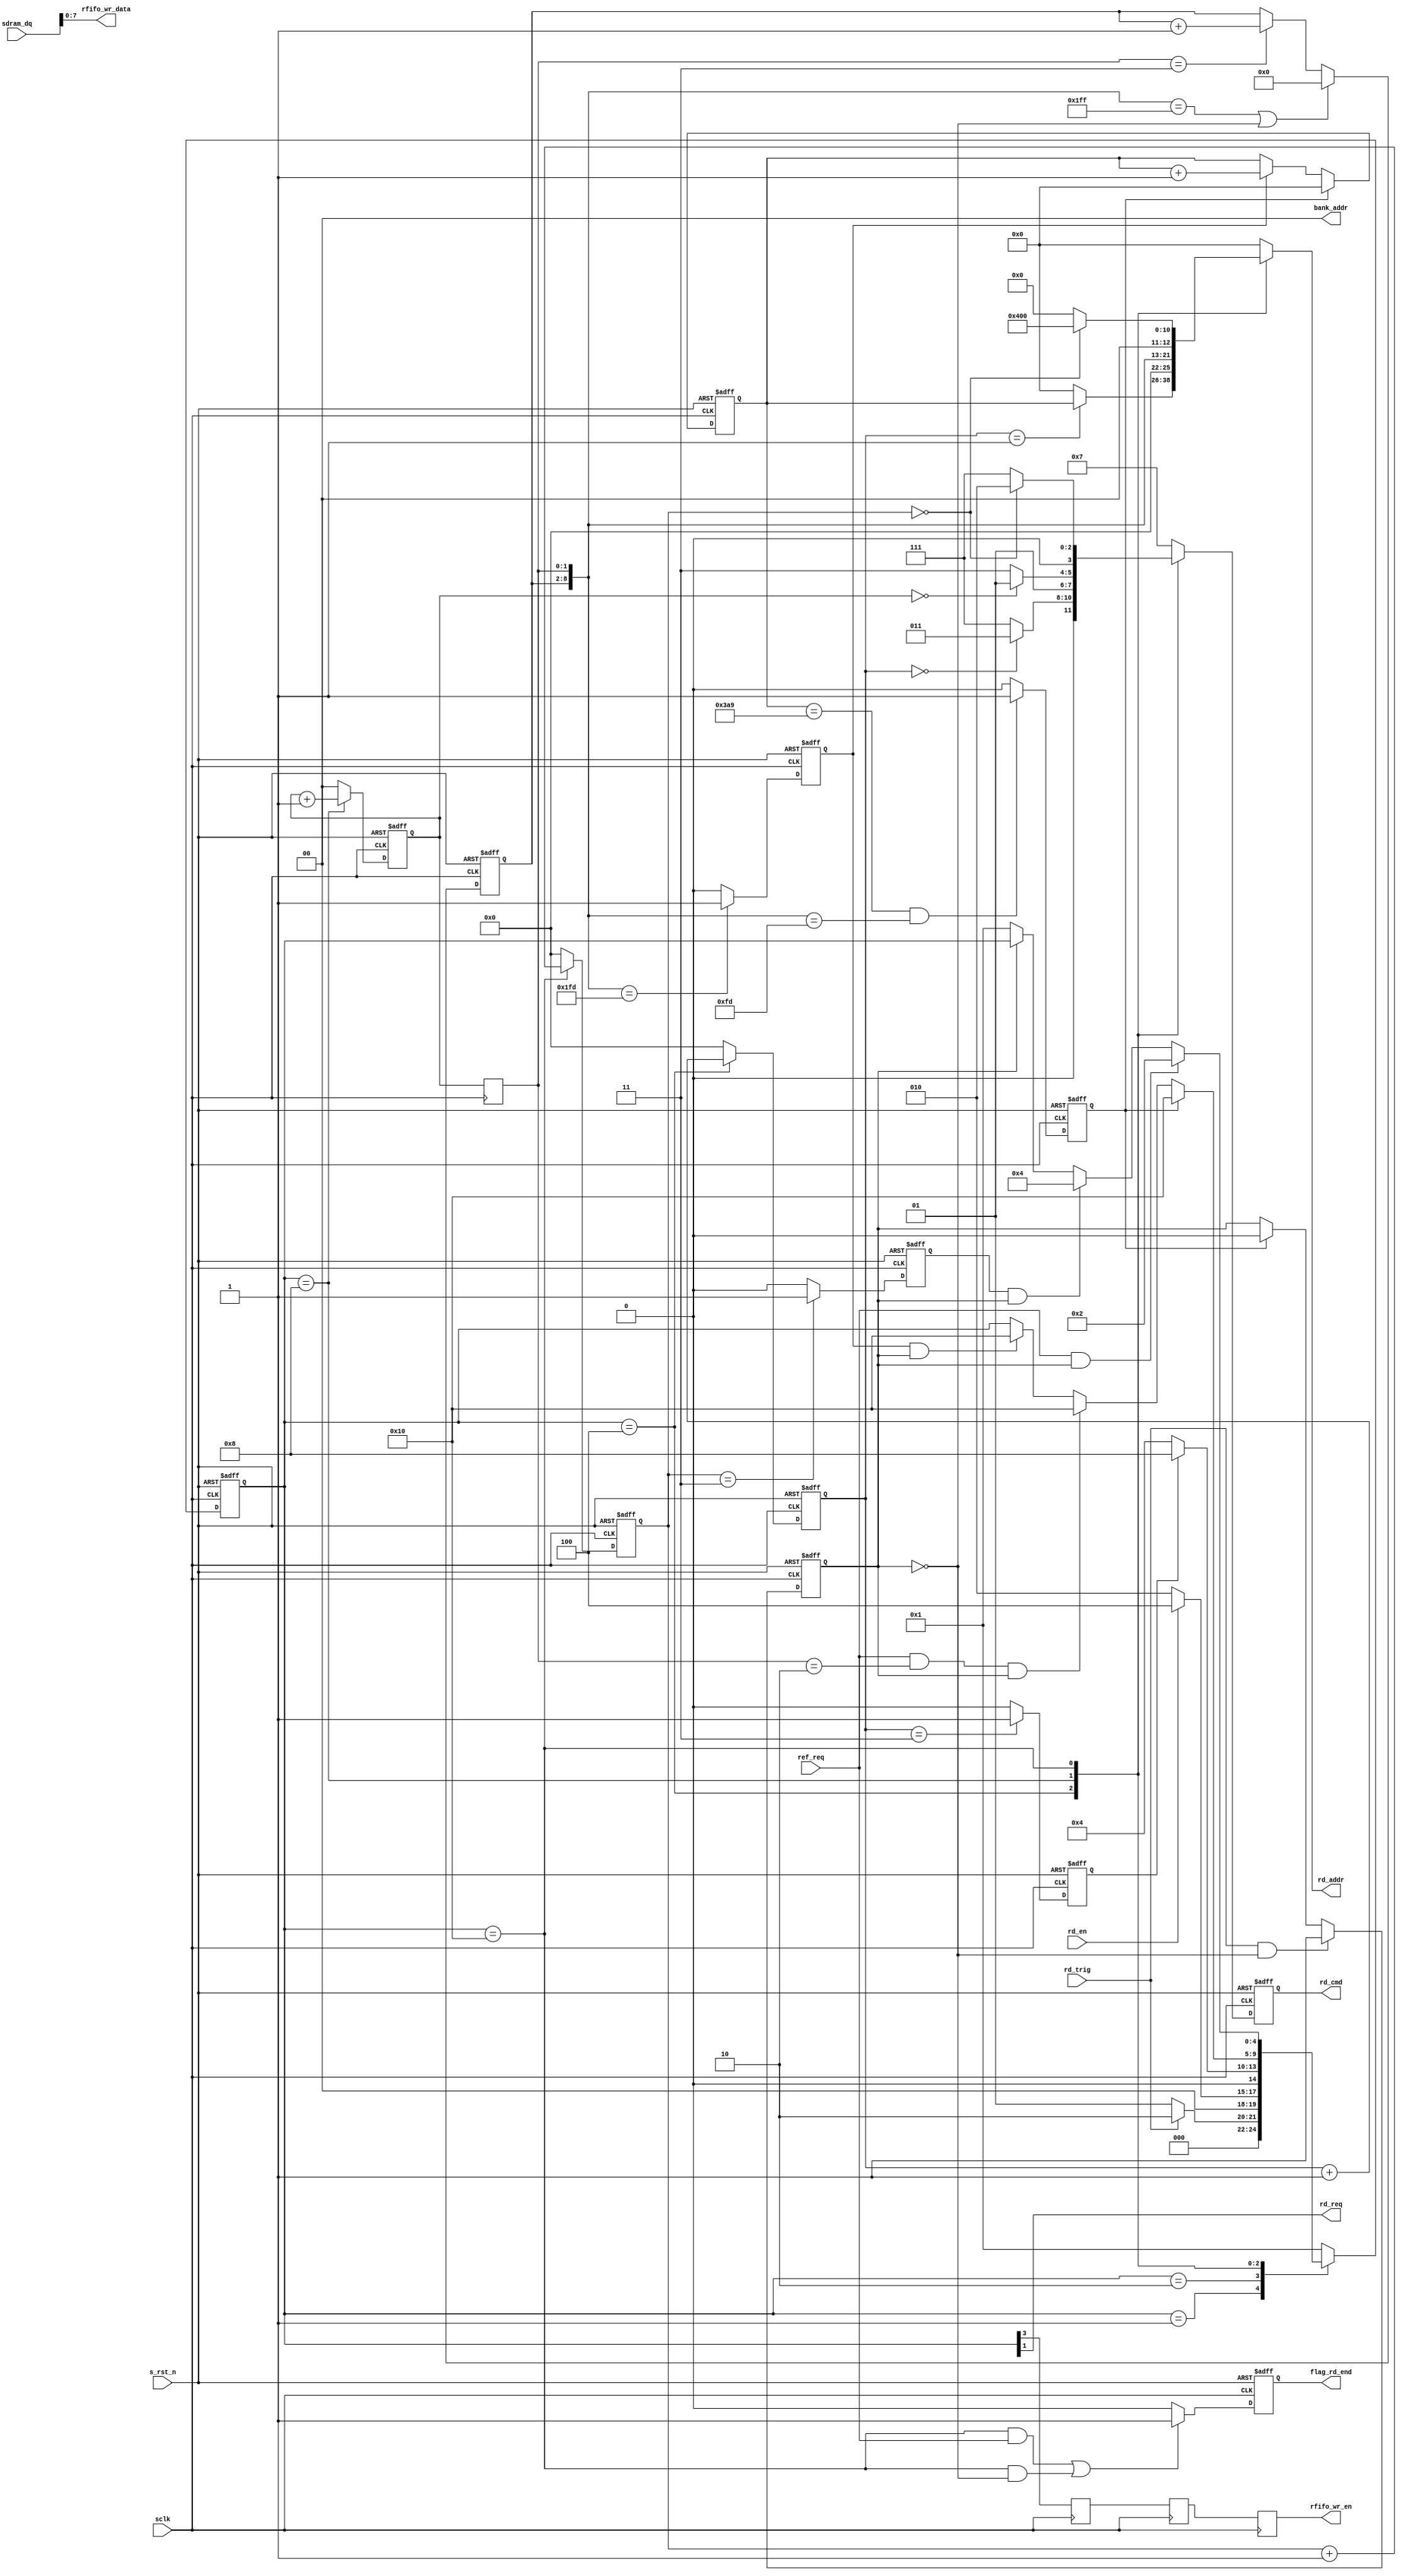
module  sdram_read(
        // system signals
        input                   sclk                    ,
        input                   s_rst_n                 ,
        // Communicate with TOP
        input                   rd_en                   ,
        output  wire            rd_req                  ,
        output  reg             flag_rd_end             ,
        // Others
        input                   ref_req                 ,
        input                   rd_trig                 ,
        input           [15:0]  sdram_dq                ,
        // write interfaces
        output  reg     [ 3:0]  rd_cmd                  ,
        output  reg     [12:0]  rd_addr                 ,
        output  wire    [ 1:0]  bank_addr               ,
        // RFIFO Interfaces
        output  reg             rfifo_wr_en             ,
        output  wire    [ 7:0]  rfifo_wr_data
);

//===================================================================\
// ********* Define Parameter and Internal Signals *********
//===================================================================/
localparam WROW_ADDR_END = 937;
localparam WCLO_ADDR_END = 256;
// Define State
localparam      S_IDLE          =       5'b0_0001               ;
localparam      S_REQ           =       5'b0_0010               ;
localparam      S_ACT           =       5'b0_0100               ;
localparam      S_RD            =       5'b0_1000               ;
localparam      S_PRE           =       5'b1_0000               ;
// SDRAM Command
localparam      CMD_NOP         =       4'b0111                 ;
localparam      CMD_PRE         =       4'b0010                 ;
localparam      CMD_AREF        =       4'b0001                 ;
localparam      CMD_ACT         =       4'b0011                 ;
localparam      CMD_RD          =       4'b0101                 ;

reg                             rfifo_wr_en_t                   ;
reg                             rfifo_wr_en_tt                  ;



reg                             flag_rd                         ;
reg     [ 4:0]                  state                           ;
//-----------------------------------------------------------------
reg                             flag_act_end                    ;
reg                             flag_pre_end                    ;
reg                             sd_row_end                      ;
reg     [ 1:0]                  burst_cnt                       ; 
reg     [ 1:0]                  burst_cnt_t                     ; 
reg                             rd_data_end                     ;
//-----------------------------------------------------------------
reg     [ 3:0]                  act_cnt                         ;
reg     [ 3:0]                  break_cnt                       ;
reg     [ 6:0]                  col_cnt                         ;
//-----------------------------------------------------------------
reg     [12:0]                  row_addr                        ;
wire    [ 8:0]                  col_addr                        ;

//==========================================================================
// ****************     Main    Code    **************
//==========================================================================
always  @(posedge sclk) begin
        rfifo_wr_en_t   <=      state[3];
        rfifo_wr_en_tt  <=      rfifo_wr_en_t;
        rfifo_wr_en     <=      rfifo_wr_en_tt;
end

//flag_rd
always  @(posedge sclk or negedge s_rst_n) begin
        if(s_rst_n == 1'b0)
                flag_rd <=      1'b0;
        else if(rd_trig == 1'b1 && flag_rd == 1'b0)
                flag_rd <=      1'b1;
        else if(rd_data_end == 1'b1)
                flag_rd <=      1'b0;
end

// burst_cnt
always  @(posedge sclk or negedge s_rst_n) begin
        if(s_rst_n == 1'b0)
                burst_cnt       <=      'd0;
        else if(state == S_RD)
                burst_cnt       <=      burst_cnt + 1'b1;
        else
                burst_cnt       <=      'd0;
end

// burst_cnt_t
always  @(posedge sclk) begin
        burst_cnt_t     <=      burst_cnt;
end

//-------------------------  STATE ------------------------------------------
always  @(posedge sclk or negedge s_rst_n) begin
        if(s_rst_n == 1'b0)
                state   <=      S_IDLE;
        else case(state)
                S_IDLE:
                        if(rd_trig == 1'b1)
                                state   <=      S_REQ;
                        else
                                state   <=      S_IDLE;
                S_REQ:
                        if(rd_en == 1'b1)
                                state   <=      S_ACT;
                        else
                                state   <=      S_REQ;
                S_ACT:
                        if(flag_act_end == 1'b1)
                                state   <=      S_RD;
                        else 
                                state   <=      S_ACT;
                S_RD:
                        if(rd_data_end == 1'b1)
                                state   <=      S_PRE;
                        else if(ref_req == 1'b1 && burst_cnt_t == 'd2 && flag_rd == 1'b1)
                                state   <=      S_PRE;
                        else if(sd_row_end == 1'b1 && flag_rd == 1'b1)
                                state   <=      S_PRE;
                S_PRE:
                        if(ref_req == 1'b1 && flag_rd == 1'b1)
                                state   <=      S_REQ;
                        else if(flag_pre_end == 1'b1 && flag_rd == 1'b1)
                                state   <=      S_ACT;
                        else if(flag_rd == 1'b0)    
                                state   <=      S_IDLE;
                default:
                        state   <=      S_IDLE;
        endcase
end

// rd_cmd
always  @(posedge sclk or negedge s_rst_n) begin
        if(s_rst_n == 1'b0)
                rd_cmd  <=      CMD_NOP;
        else case(state)
                S_ACT:  
                        if(act_cnt == 'd0)
                                rd_cmd  <=      CMD_ACT;
                        else 
                                rd_cmd  <=      CMD_NOP;
                S_RD:
                        if(burst_cnt == 'd0)
                                rd_cmd  <=      CMD_RD;
                        else
                                rd_cmd  <=      CMD_NOP;
                S_PRE:
                        if(break_cnt == 'd0)
                                rd_cmd  <=      CMD_PRE;
                        else
                                rd_cmd  <=      CMD_NOP;
                default:
                        rd_cmd  <=      CMD_NOP;
        endcase
end

// rd_addr
always  @(*) begin
        case(state)
                S_ACT:
                        if(act_cnt == 'd1)
                                rd_addr <=      row_addr;
                        else
                                rd_addr <=      'd0;
                S_RD:   rd_addr <=      {3'b000, col_addr};
                S_PRE:  if(break_cnt == 'd0)
                                rd_addr <=      {13'b0100_0000_0000};
                        else
                                rd_addr <=      'd0;
                default:
                        rd_addr <=      'd0;
        endcase
end
//-------------------------------------------------------------------
// flag_act_end
always  @(posedge sclk or negedge s_rst_n) begin
        if(s_rst_n == 1'b0)
                flag_act_end    <=      1'b0;
        else if(act_cnt == 'd3)
                flag_act_end    <=      1'b1;
        else    
                flag_act_end    <=      1'b0;
end

// act_cnt
always  @(posedge sclk or negedge s_rst_n) begin
        if(s_rst_n == 1'b0)
                act_cnt <=      'd0;
        else if(state == S_ACT)
                act_cnt <=      act_cnt + 1'b1;
        else
                act_cnt <=      'd0;
end

// flag_pre_end
always  @(posedge sclk or negedge s_rst_n) begin
        if(s_rst_n == 1'b0)
                flag_pre_end    <=      1'b0;
        else if(break_cnt == 'd3)
                flag_pre_end    <=      1'b1;
        else 
                flag_pre_end    <=      1'b0;
end

always  @(posedge sclk or negedge s_rst_n) begin
        if(s_rst_n == 1'b0)
                flag_rd_end     <=      1'b0;
        else if((state == S_PRE && ref_req == 1'b1) ||   //refresh
                 state == S_PRE && flag_rd == 1'b0)     
                flag_rd_end     <=      1'b1;
        else 
                flag_rd_end     <=      1'b0;
end

// break_cnt
always  @(posedge sclk or negedge s_rst_n) begin
        if(s_rst_n == 1'b0)
                break_cnt <=      'd0;
        else if(state == S_PRE)
                break_cnt <=      break_cnt + 1'b1;
        else
                break_cnt <=      'd0;
end

// rd_data_end
always  @(posedge sclk or negedge s_rst_n) begin
        if(s_rst_n == 1'b0)
                rd_data_end     <=      1'b0;
        else if(row_addr == WROW_ADDR_END && col_addr == (WCLO_ADDR_END-3))
                rd_data_end     <=      1'b1;
        else
                rd_data_end     <=      1'b0;
end

// col_cnt
always  @(posedge sclk or negedge s_rst_n) begin
        if(s_rst_n == 1'b0)
                col_cnt <=      'd0;
        else if(col_addr == 'd511 || flag_rd == 1'b0)
                col_cnt <=      'd0;
        else if(burst_cnt_t == 'd3)
                col_cnt <=      col_cnt + 1'b1;
end

always  @(posedge sclk or negedge s_rst_n) begin
        if(s_rst_n == 1'b0)
                row_addr        <=      'd0;
        else if(rd_data_end == 1'b1)
                row_addr = 'd0;
        else if(sd_row_end == 1'b1)
                row_addr        <=      row_addr + 1'b1;
end

always  @(posedge sclk or negedge s_rst_n) begin
        if(s_rst_n == 1'b0)
                sd_row_end      <=      1'b0;
        else if(col_addr == 'd509)
                sd_row_end      <=      1'b1;
        else
                sd_row_end      <=      1'b0;
end

//----------------------------------------------------------------
/* always  @(*) begin
        case(burst_cnt_t)
                0:      wr_data <=      'd3;
                1:      wr_data <=      'd5;
                2:      wr_data <=      'd7;
                3:      wr_data <=      'd9;
        endcase
end */
//----------------------------------------------------------------
assign  col_addr        =       {col_cnt, burst_cnt_t};
//assign  col_addr        =       {7'd0, burst_cnt_t};
assign  bank_addr       =       2'b00;
assign  rd_req          =       state[1];
assign  rfifo_wr_data   =       sdram_dq[7:0];


endmodule